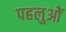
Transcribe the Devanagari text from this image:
पहलुओें